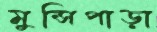
মুন্সিপাড়া